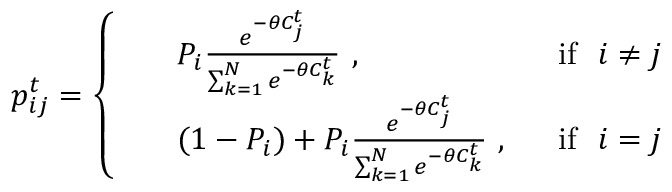
p _ { i j } ^ { t } = \left\{ \begin{array} { l l } { \begin{array} { r l r } & { P _ { i } \frac { e ^ { - \theta C _ { j } ^ { t } } } { \sum _ { k = 1 } ^ { N } e ^ { - \theta C _ { k } ^ { t } } } \ , \ } & { \ \mathrm { i f } \ \ i \neq j } \\ & { ( 1 - P _ { i } ) + P _ { i } \frac { e ^ { - \theta C _ { j } ^ { t } } } { \sum _ { k = 1 } ^ { N } e ^ { - \theta C _ { k } ^ { t } } } \ , \ } & { \ \mathrm { i f } \ \ i = j } \end{array} } \end{array} \right.